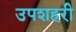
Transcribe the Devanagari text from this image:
उपशहरी